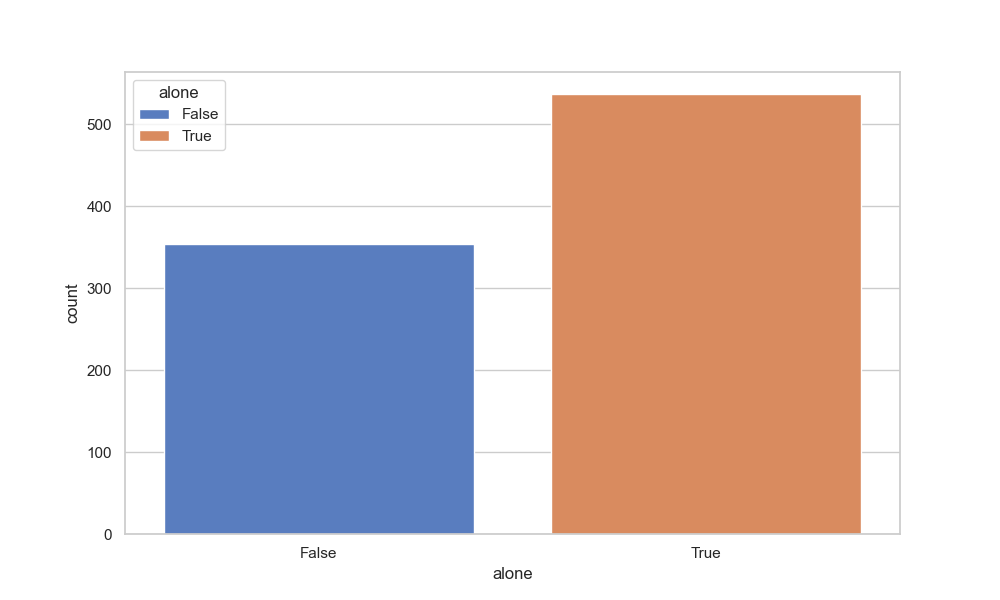
python, seaborn, countplot, x='alone', palette='muted', hue='alone'